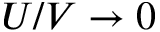
U / V \rightarrow 0